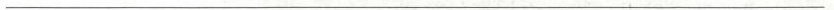
___